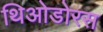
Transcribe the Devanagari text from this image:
थिओडोरस